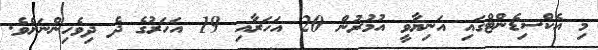
މި އެކްސިޑެންޓްގައި އަނިޔާވީ އުމުރުން 20 އަހަރާއި 19 އަހަރުގެ ދެ ދިވެހިންނަށެވެ.